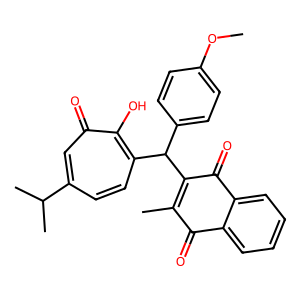
SMILES: COc1ccc(C(C2=C(C)C(=O)c3ccccc3C2=O)c2ccc(C(C)C)cc(=O)c2O)cc1
Inhibits HIV replication: No